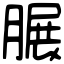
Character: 𦟌